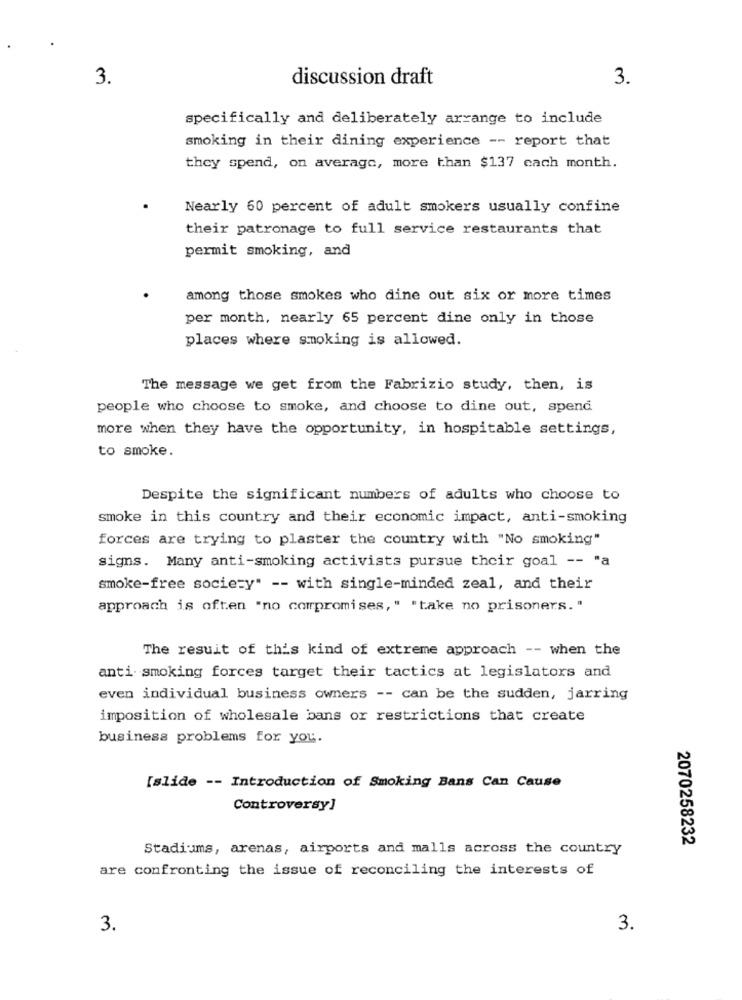
3.
discussion draft
3.
specifically and deliberately arrange to include
smoking in their dining experience -- report that
they spend, on average, more than $137 cach month.
Nearly 60 percent of adult smokers usually confine
their patronage to full service restaurants that
permit smoking, and
among those smokes who dine out six or more times
per month, nearly 65 percent dine only in those
places where smoking is allowed.
The message we get from the Fabrizio study, then, is
people who choose to smoke, and choose to dine out, spend
more when they have the opportunity, in hospitable settings,
to smoke.
Despite the significant numbers of adults who choose to
smoke in this country and their economic impact, anti-smoking
forces are trying to plaster the country with "No smoking"
signs. Many anti-smoking activists pursue their goal -- "a
smoke-free society" -- with single-minded zeal, and their
approach is often "no compromises," "take no prisoners. "
The result of this kind of extreme approach -- when the
anti smoking forces target their tactics at legislators and
even individual business owners -- can be the sudden, jarring
imposition of wholesale bans or restrictions that create
business problems for you.
[slide -- Introduction of Smoking Bans Can Cause
Controversy]
2070258232
Stadiums, arenas, airports and malls across the country
are confronting the issue of reconciling the interests of
3.
3.